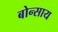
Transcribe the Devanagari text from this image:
बोन्साय